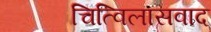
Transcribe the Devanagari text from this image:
चित्विलासवाद